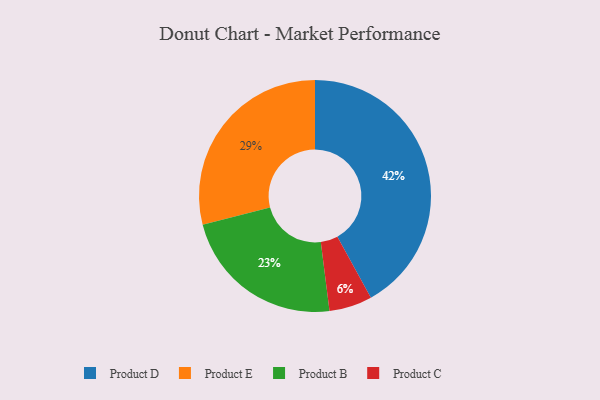
{"axis": {"x": "Category", "y": "Percentage"}, "legend": ["Product B", "Product C", "Product D", "Product E"], "data": [{"x": "Product C", "y": 6, "type": "Product C"}, {"x": "Product B", "y": 23, "type": "Product B"}, {"x": "Product E", "y": 29, "type": "Product E"}, {"x": "Product D", "y": 42, "type": "Product D"}]}